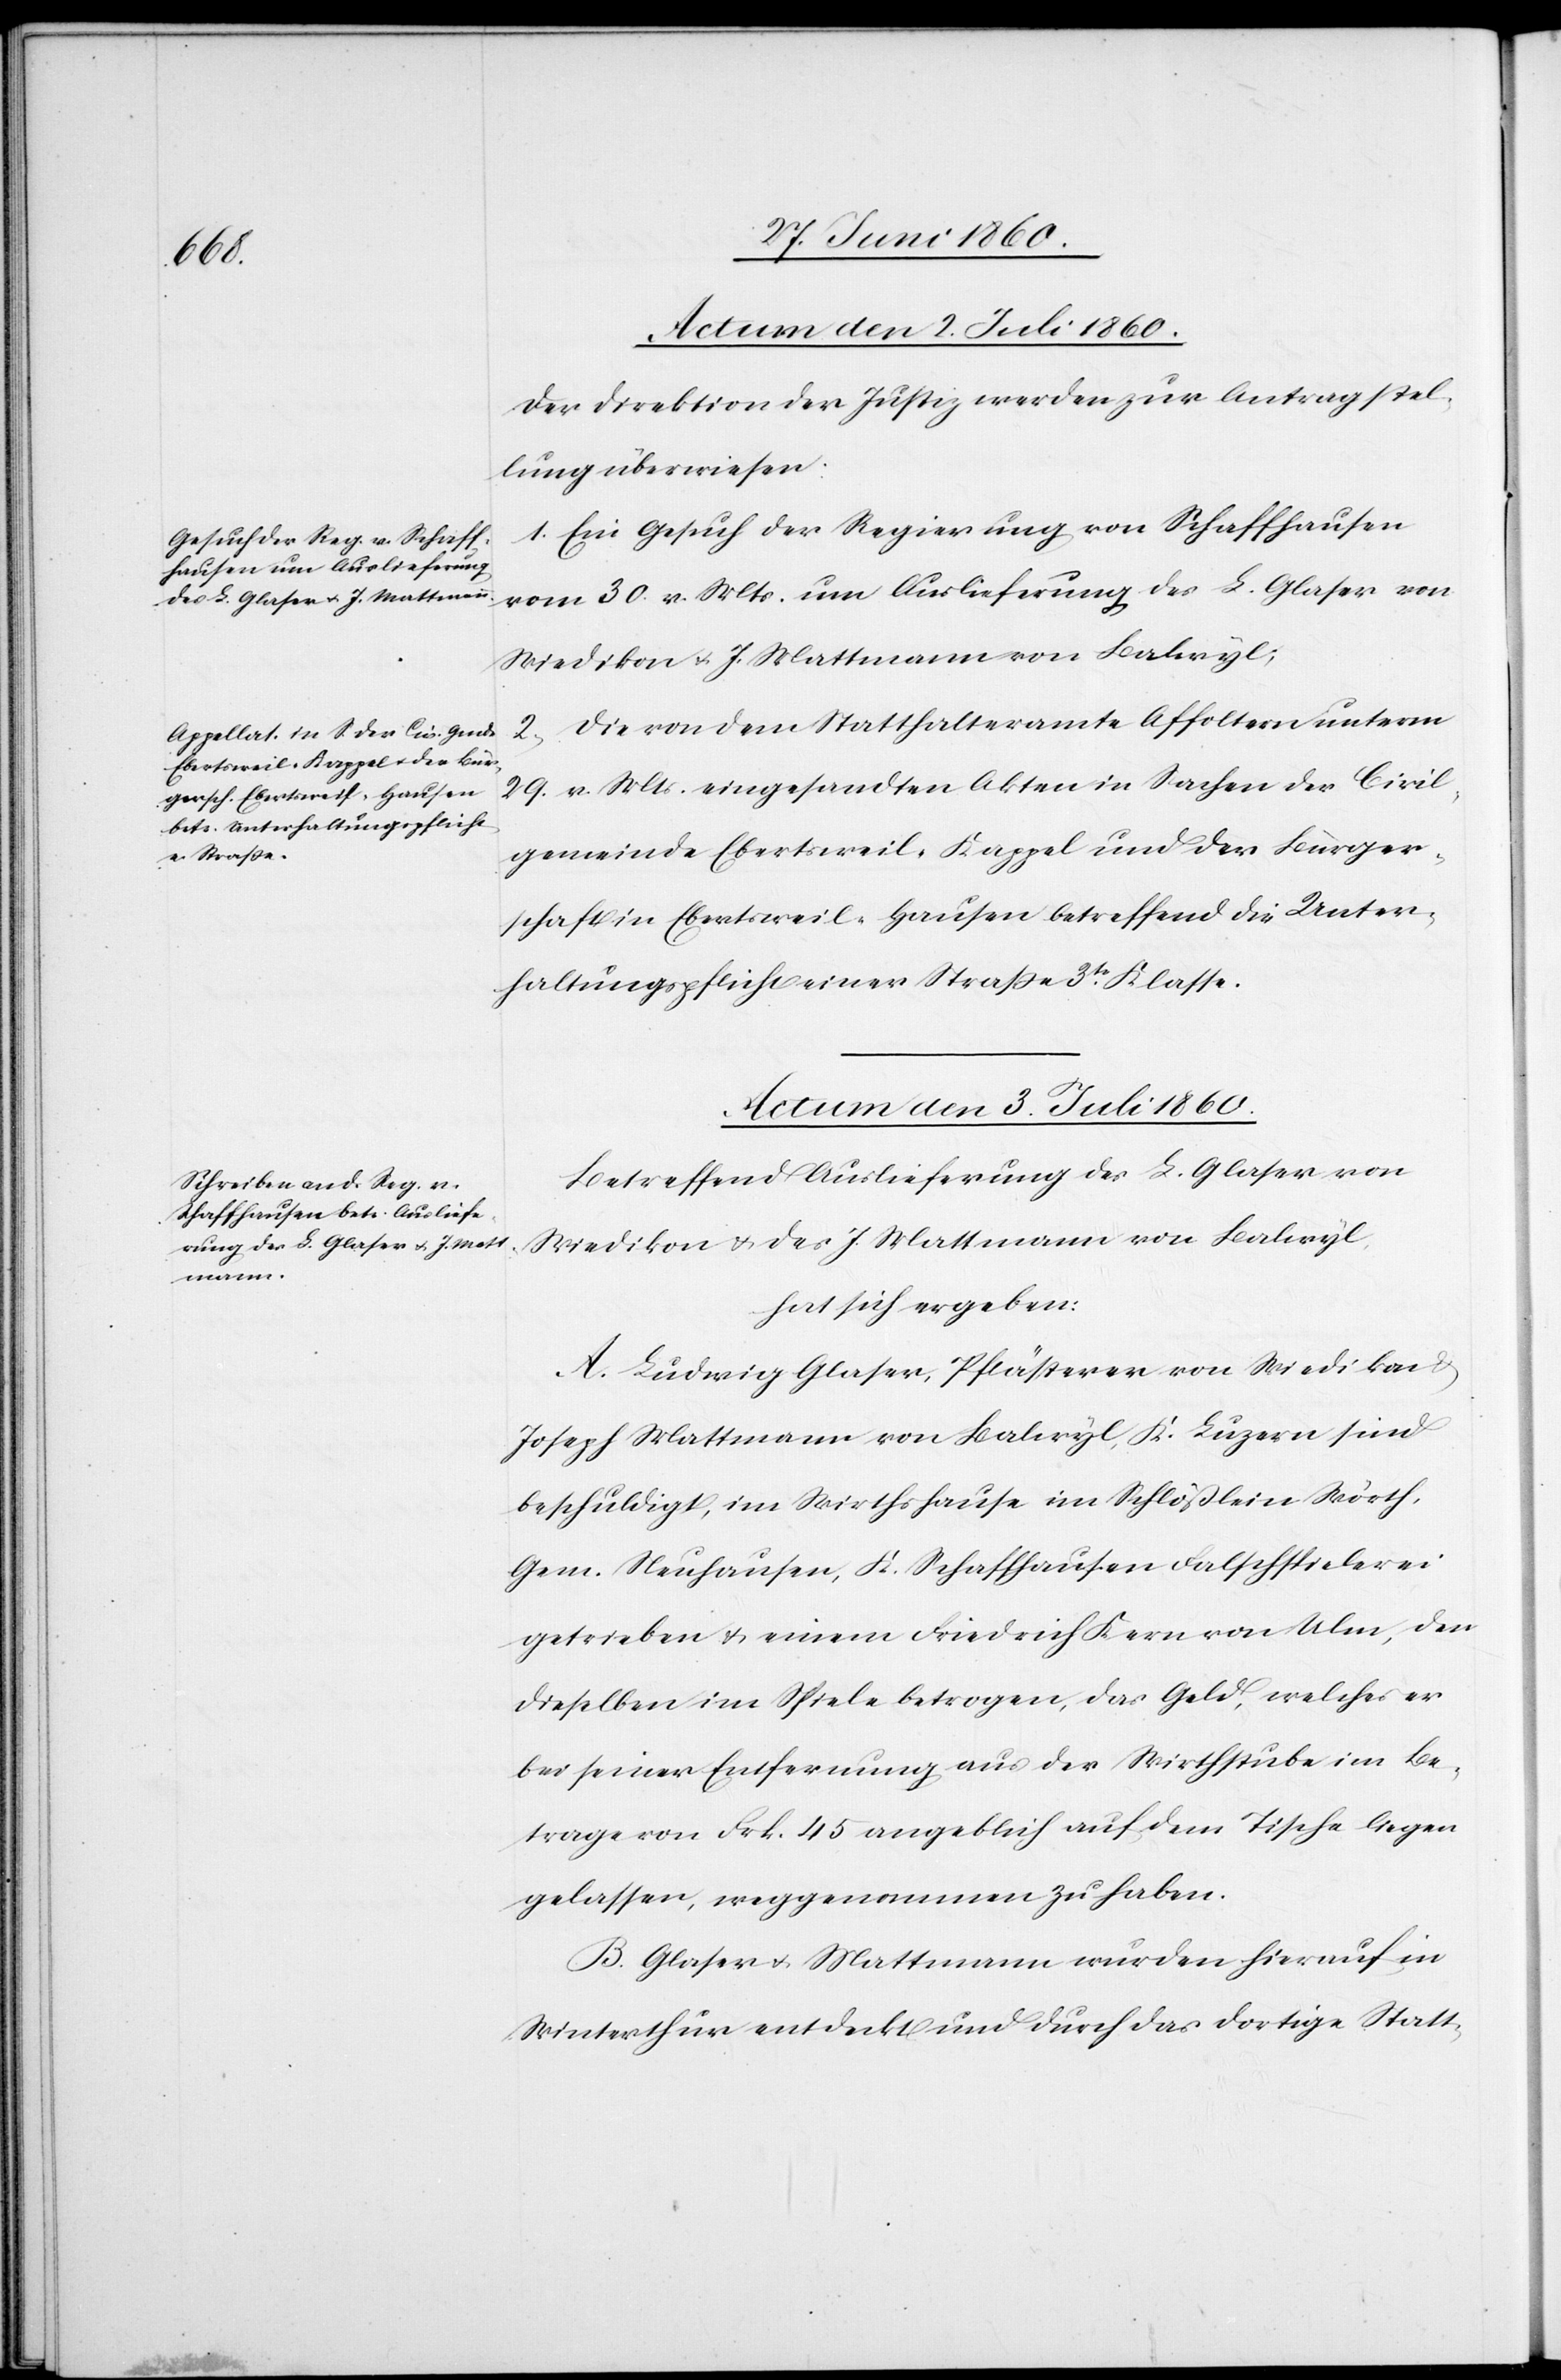
Actum den 2. Juli 1860.]
Der Direktion der Justiz werden zur Antragstel¬
lung überweisen:
1. Ein Gesuch der Regierung von Schaffhausen
vom 30. v. Mts. um Auslieferung des L. Glaser von
Wiedikon u. J. Mattmann von Balwyl;
2. Die von dem Statthalteramte Affoltern unterm
29. v. Mts. eingesandten Akten in Sachen der Civil¬
gemeinde Ebertsweil-Kappel und der Bürger¬
schaft in Ebertsweil-Hausen betreffend die Unter¬
haltungspflicht einer Strasse 3tr Klasse.
Actum den 3. Juli 1860.
Betreffend Auslieferung des L. Glaser von
Wiedikon u. des J. Mattmann von Balwyl,
hat sich ergeben:
A. Ludwig Glaser, Pflästerer von Wiedikon
Joseph Mattmann von Balwyl, K. Luzern sind
beschuldigt, im Wirthshause im Schlösslein Wörth,
Gem. Neuhausen, K. Schaffhausen Falschspielerei
getrieben u. einem Friedrich Kern von Ulm, dem
dieselben im Spiele betrogen, das Geld, welches er
bei seiner Entfernung aus der Wirthsstube im Be¬
trage von Frk. 45 angeblich auf dem Tische liegen
gelassen, weggenommen zu haben.
B. Glaser u. Mattmann wurden hierauf in
Winterthur entdeckt und durch das dortige Statt-